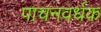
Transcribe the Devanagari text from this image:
पाचनवर्धक